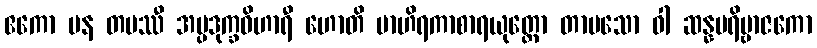
ဧကော ပန တပဿီ အပ္ပဒုက္ခဝိဟာရီ ဟောတိ ဗာဟိရကာစာရယုတ္တော တာပသော ဝါ ဆန္နပရိဗ္ဗာဇကော